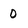
Character: 0